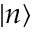
| n \rangle